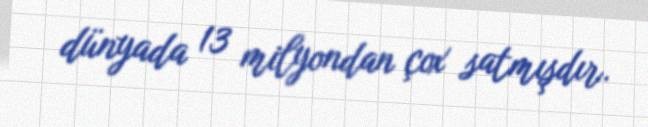
dünyada 13 milyondan çox satmışdır.